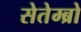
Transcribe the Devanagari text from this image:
सेतेम्ब्रो